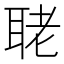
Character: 𦕳